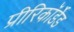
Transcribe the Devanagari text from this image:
प्रीरिकॉर्डेड